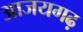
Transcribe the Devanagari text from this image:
आजयगढ़